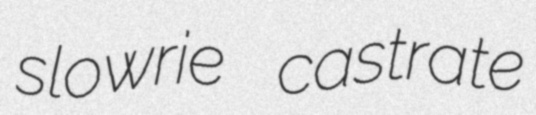
slowrie castrate